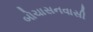
બોચાસનવાસી